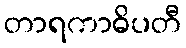
တာရကာဓိပတီ